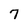
Character: 7